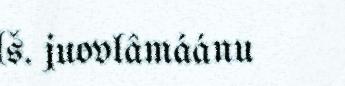
(š. juovlâmáánu